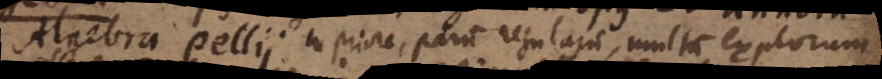
Algebra Pellii. In priore, parum regularum, multum exemplorum